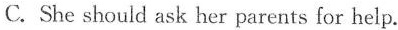
C. She should ask her parents for help.